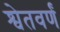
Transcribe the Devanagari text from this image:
श्वेतवर्णं